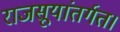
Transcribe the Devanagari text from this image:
राजसूयांतर्गत।